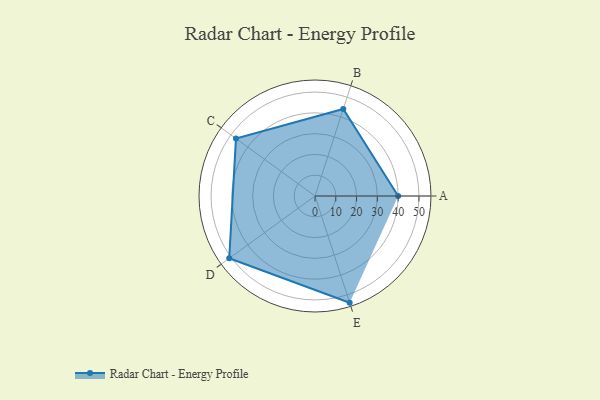
{"axis": {"x": "Skill", "y": "Score"}, "legend": ["Profile"], "data": [{"x": "A", "y": 40.0, "type": "Profile"}, {"x": "B", "y": 44.0, "type": "Profile"}, {"x": "C", "y": 47.0, "type": "Profile"}, {"x": "D", "y": 51.0, "type": "Profile"}, {"x": "E", "y": 54.0, "type": "Profile"}]}